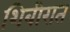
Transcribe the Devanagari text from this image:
शिबीरात